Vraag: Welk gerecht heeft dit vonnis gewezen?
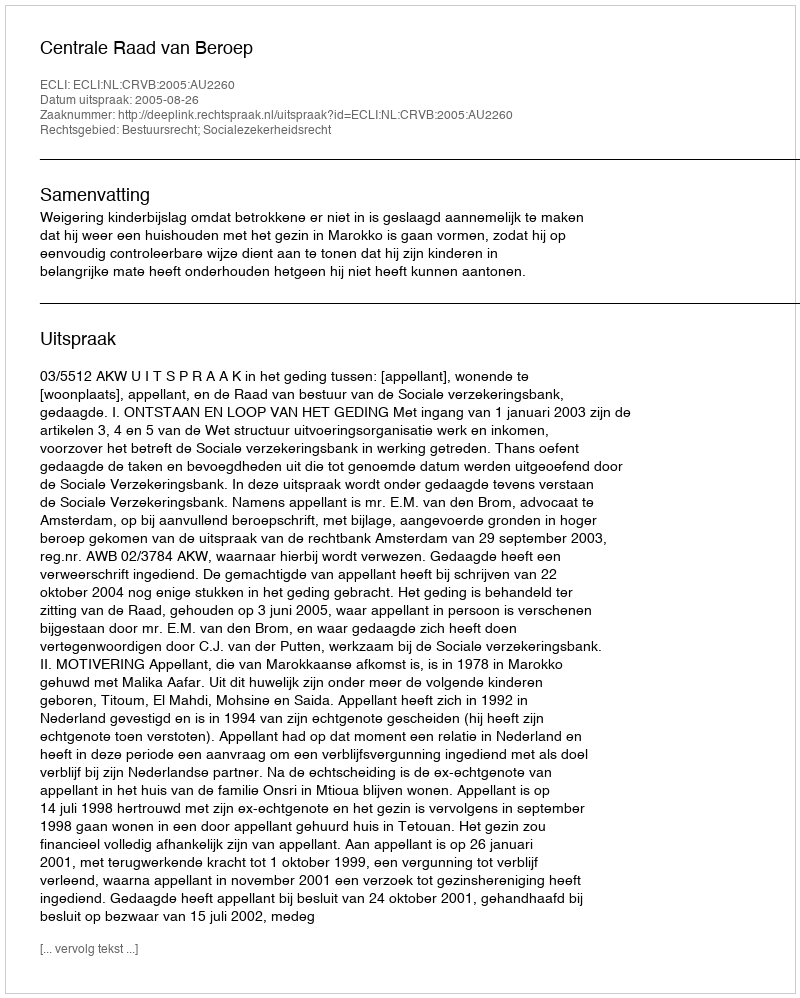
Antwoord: Centrale Raad van Beroep